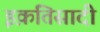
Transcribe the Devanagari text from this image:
इक़तिसादी